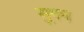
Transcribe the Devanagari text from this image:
सुगन